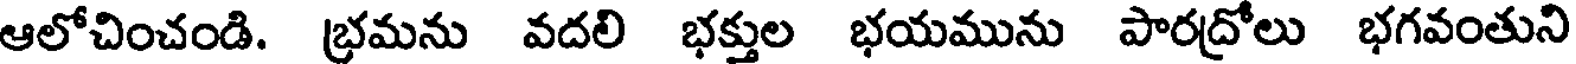
ఆలోచించండి. భ్రమను వదలి భక్తుల భయమును పారద్రోలు భగవంతుని